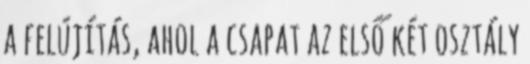
a felújítás, ahol a csapat az első két osztály